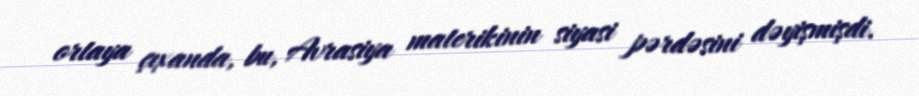
ortaya çıxanda, bu, Avrasiya materikinin siyasi pərdəsini dəyişmişdi.